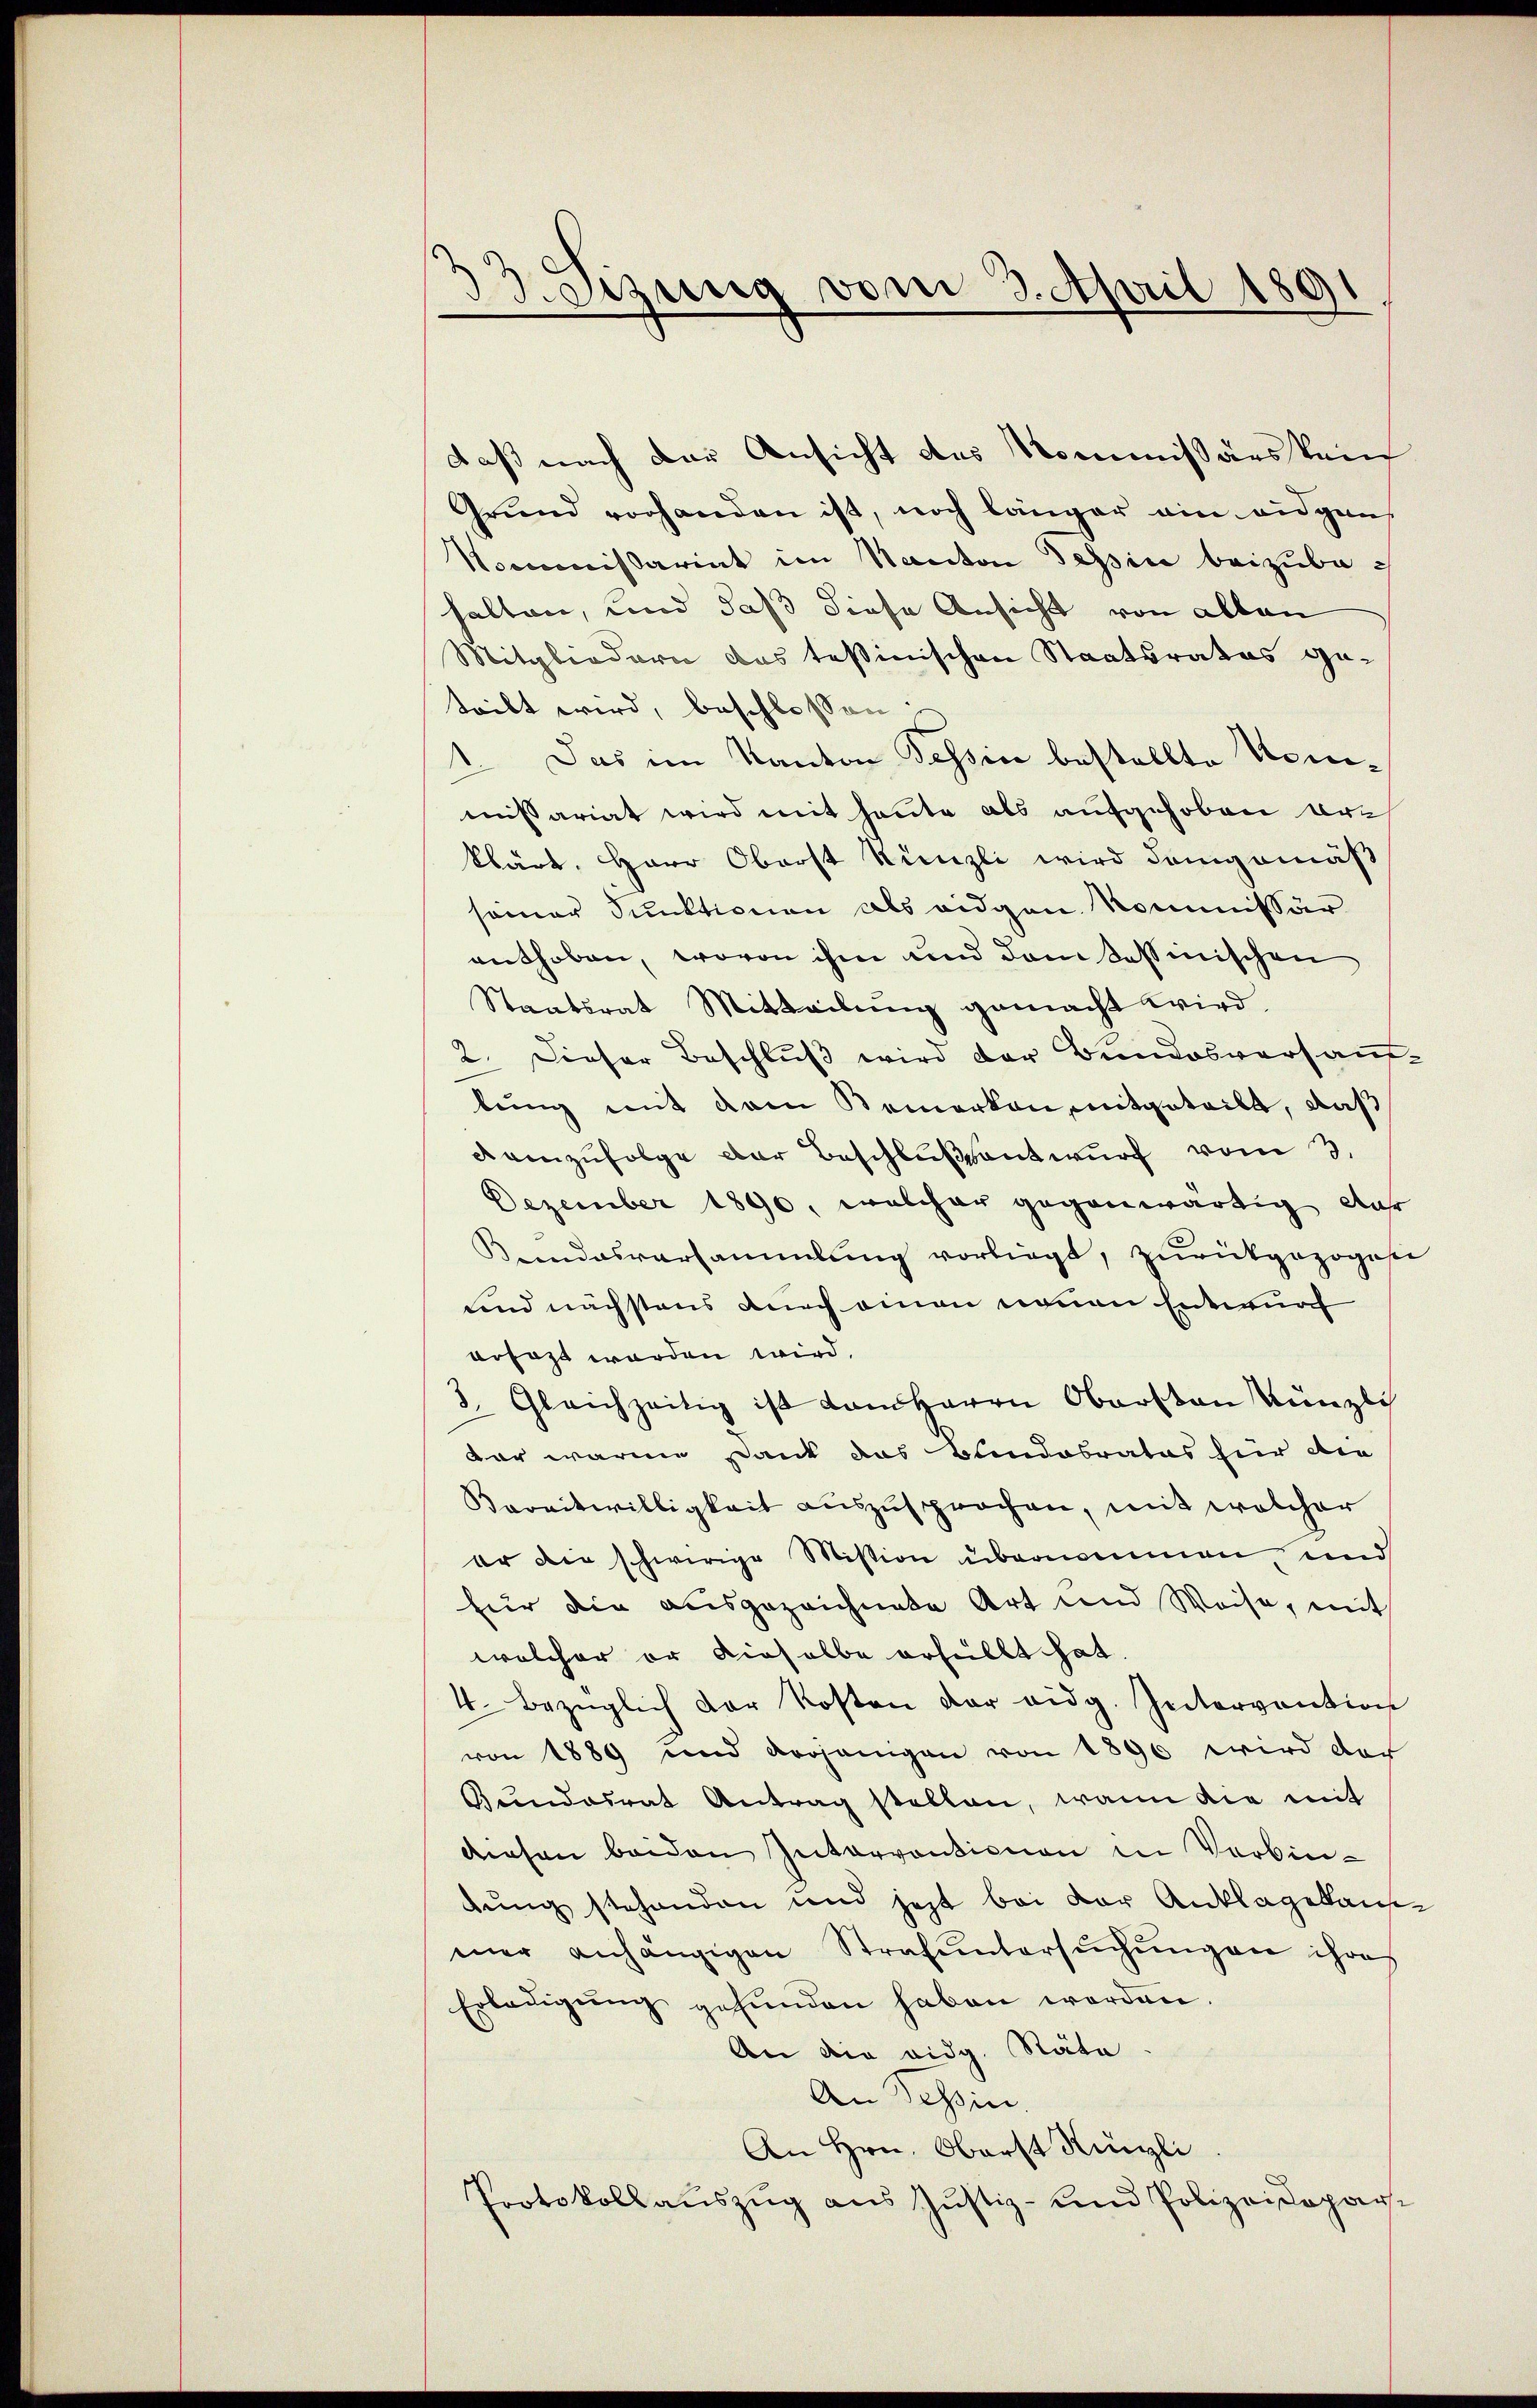
Setzung vom 3. April 1891

daß nach der Ansicht des Kommissärs kein
Grund vorhanden ist, noch länger ain eidgen
Nommissariat im Kanton Tessin beizubehalten, und daß diese Ansicht von allen
Mitgliedern das Teßinischen Staatsrates geteilt wird, beschlossen:
1. Das im Kanton Tessin bestellte Nomimissariat wird mit heute als aufgehoben erklärt. Herr Oberst Künzli wird demgemäß
seiner Funktionen als eidgen. Kommissär
enthoben, wovon ihm und dem Tessinischen
Staatsrat Mitteilung gemacht wird.
2. Dieser Beschluß wird der Bundesversamlung mit Rain Semerken mitgeteilt, daß
demzufolge der Beschlußantwurf vom 3.
Dezember 1890, welcher gegenwärtig das
Kundesversammlung vorliegt, zurückgezogen
sind nächstens durch einen neuen Entwurf
ersagt worden wird.
3. Gleichzeitig ist dem Herrn Obersten Künzlis
dar warme Dank das Bundobrates hier die
Bareitwilligkeit auszusprochen, mit welcher
er die schwirige Mission übernommen, und
für die ausgezeichnete Art und Weise, mit
welcher er dieselbe erfüllt hat.
4. bezüglich der Kosten der eidg. Intervention
von 1889 und derjenigen von 1890 wird der
Gundesrat Antrag stellen, wann die mit
diesen beiden Interventionen in Verbin-
dung stehenden und jetzt bei der Anklagekau
mer anhängigen Strafuntersŭchŭngen ihres
Erledigung gefunden haben werden.
An die eidg. Rata
An Tessin.
An Hrn. Oberst Künzli
Protokoll aŭszŭg ans Justiz- und Polizeisopar-